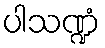
ပါသဏ္ဍံ